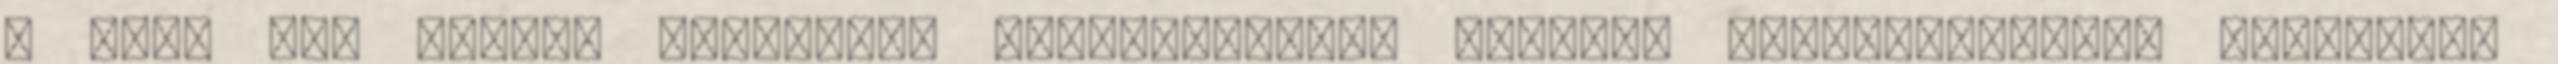
a pénz nem itthon dolgozik, munkahelyeket tartva, értéktöbbletet teremtve,